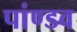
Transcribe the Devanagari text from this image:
पांण्‍डव